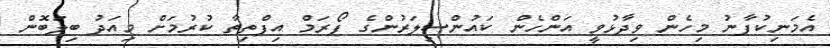
އެމަނިކުފާނު މިހެން ވިދާޅުވީ އަންހެން ކައުންސިލަރުންގެ ފޯރަމް އިފްތިތާ ކުރުމަށް މިއަދު ބިލަބޮން